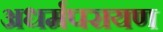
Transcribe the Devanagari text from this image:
अधर्मपरायण